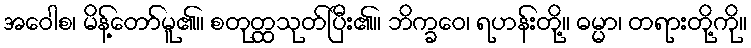
အဝေါစ၊ မိန့်တော်မူ၏။ စတုတ္ထသုတ်ပြီး၏။ ဘိက္ခဝေ၊ ရဟန်းတို့။ ဓမ္မာ၊ တရားတို့ကို။